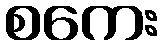
စကေး